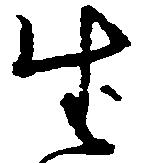
生